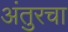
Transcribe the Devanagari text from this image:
अंतुरचा